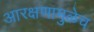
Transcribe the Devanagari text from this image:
आरक्षणामुळेच